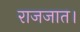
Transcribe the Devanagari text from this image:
राजजात।